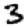
Digit: 3